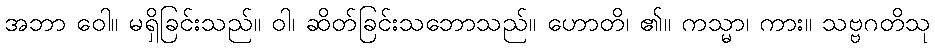
အဘာ ဝေါ။ မရှိခြင်းသည်။ ဝါ၊ ဆိတ်ခြင်းသဘောသည်။ ဟောတိ၊ ၏။ ကသ္မာ၊ ကား။ သဗ္ဗဂတိသု